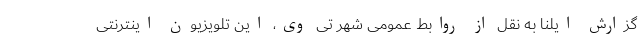
گزارش ایلنا به نقل از روابط عمومی شهر تی وی، این تلویزیون اینترنتی